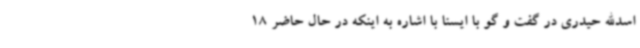
اسدالله حیدری در گفت و گو با ایسنا با اشاره به اینکه در حال حاضر 18